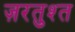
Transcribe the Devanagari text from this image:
ज़रतुश्त